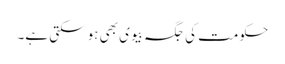
حکومت کی جگہ بیوی بھی ہوسکتی ہے۔